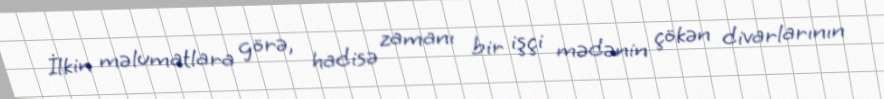
İlkin məlumatlara görə, hadisə zamanı bir işçi mədənin çökən divarlarının